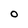
Character: O